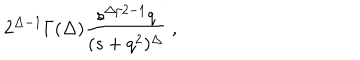
LaTeX: 2 ^ { \Delta - 1 } \Gamma ( \Delta ) \frac { s ^ { \Delta / 2 - 1 } q } { ( s + q ^ { 2 } ) ^ { \Delta } } \ ,